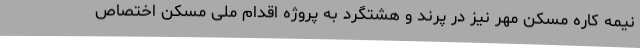
نیمه کاره مسکن مهر نیز در پرند و هشتگرد به پروژه اقدام ملی مسکن اختصاص